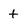
Character: t